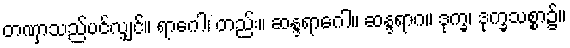
တဏှာသည်ပင်လျှင်။ ရာဂေါ၊ တည်း။ ဆန္ဒရာဂေါ။ ဆန္ဒရာဂ။ ဒုက္ခ၊ ဒုက္ခသစ္စာ၌။